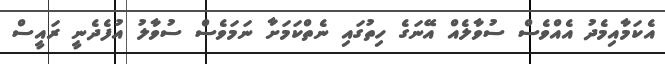
އެކަމާއިމެދު އެއްވެސް ސުވާލެއް އޭނަގެ ހިތުގައި ނެތްކަމަށާ ނަމަވެސް ސުވާލު އުފެދެނީ ރައީސް